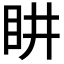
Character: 𭾠